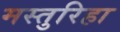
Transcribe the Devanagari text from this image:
मस्तुरिहा